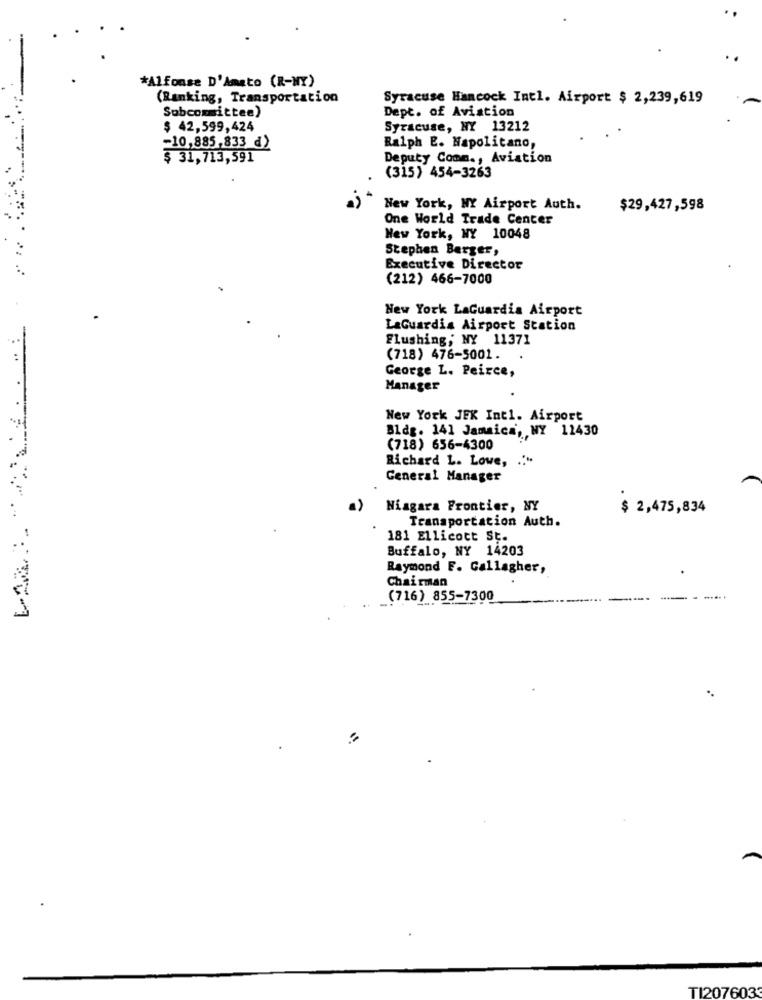
*Alfonse D'Amato (R-NY)
(Ranking, Transportation
Syracuse Hancock Intl. Airport $ 2,239,619
Subcommittee)
Dept. of Aviation
$ 42,599,424
Syracuse, NY 13212
-10,885,833 d)
Ralph E. Napolitano,
$ 31,713,591
Deputy Comm ., Aviation
(315) 454-3263
New York, NY Airport Auth.
$29,427,598
One World Trade Center
New York, NY 10048
Stephen Berger,
Executive Director
(212) 466-7000
New York LaGuardia Airport
LaGuardia Airport Station
Flushing; NY 11371
(718) 476-5001.
George L. Peirce,
Manager
New York JEK Int1. Airport
Bldg. 141 Jamaica, NY 12430
(718) 656-4300
Richard L. Lowe,
General Manager
Niagara Frontier, NY
$ 2,475,834
Transportation Auth.
181 Ellicott St.
Buffalo, NY 14203
Raymond F. Gallagher,
Chairman
(716) 855-7300
TI2076033